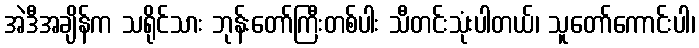
အဲဒီအချိန်က သရိုင်သား ဘုန်းတော်ကြီးတစ်ပါး သီတင်းသုံးပါတယ်၊ သူတော်ကောင်းပါ၊